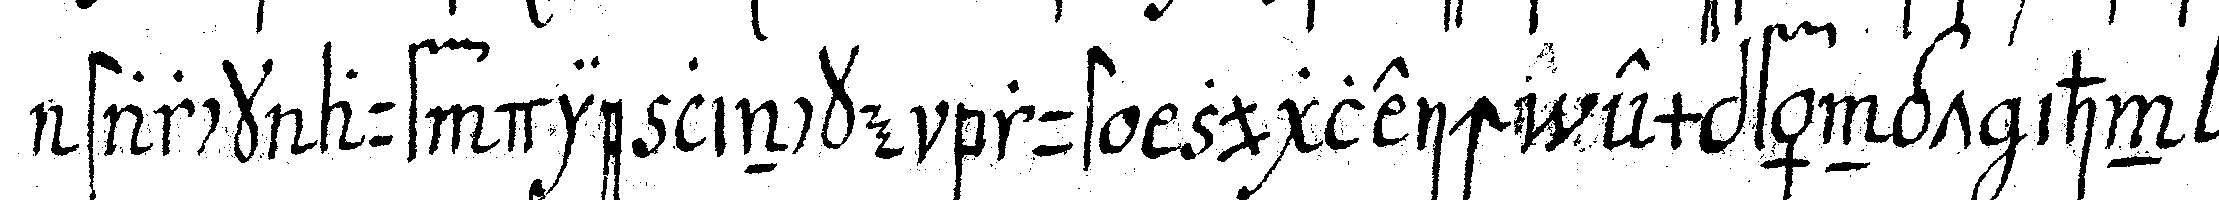
starck auf die lincke brust zugleich empfängt ihn